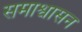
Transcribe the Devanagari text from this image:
समाश्वासन